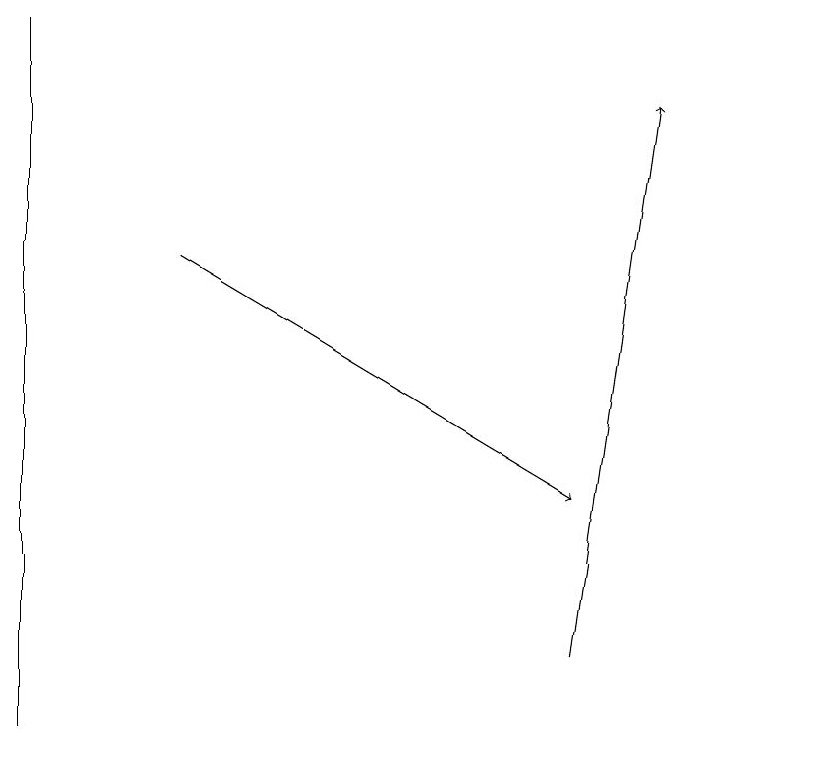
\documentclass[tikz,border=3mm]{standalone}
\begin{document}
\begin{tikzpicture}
\draw[->] (8,11) -- (9,18);
\draw (11,11) circle (0);
\draw (1,10) rectangle (1,19);
\draw[->] (3,16) -- (8,13);
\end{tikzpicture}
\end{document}